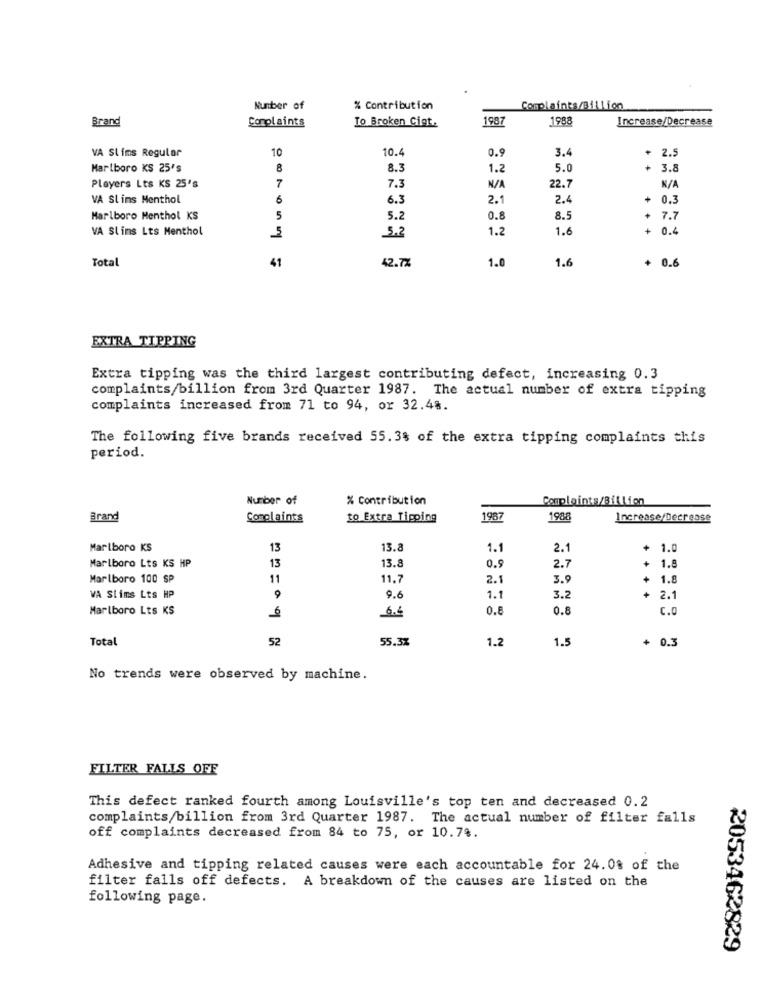
Number of
% Contribution
Complaints/Billion
Brand
Complaints
To Broken Gigt,
1987
1988
Increase/Decrease
VA Slims Regular
10
10.4
3.4
+
N
0.9
Marlboro KS 25's
8
8.3
1.2
5.0
+ 3.8
Players Lts KS 25's
7
7.3
22.7
VA Slims Menthol
6
6.3
2.1
2.4
0.3
Marlboro Menthol KS
5
5.2
0.8
8.5
+ 7.7
VA Slims Lts Menthol
5
5.2
1.2
1.6
+
0.4
Total
41
42.7%
1.0
1.6
EXTRA TIPPING
Extra tipping was the third largest contributing defect, increasing 0.3
complaints/billion from 3rd Quarter 1987. The actual number of extra tipping
complaints increased from 71 to 94, or 32.48.
The following five brands received 55.3% of the extra tipping complaints this
period.
Number of
% Contribution
Complaints/Billion
Brand
Complaints
to Extra Tigoing
1987
1988
Increase/Decrease
Marlboro KS
13
13.8
1.1
2.1
+ 1.0
Marlboro Lts KS HP
13.8
13
0.9
2.7
1.8
Marlboro 100 SP
11
11.7
2.1
3.9
1.8
VA Slims Lts HP
9
9.6
1.1
3.2
+ 2.1
Marlboro Lts KS
6.6
0.8
C.O
Total
52
55.3%
1.2
1.5
+ 0.3
No trends were observed by machine.
FILTER FALLS OFF
This defect ranked fourth among Louisville's top ten and decreased 0.2
complaints/billion from 3rd Quarter 1987. The actual number of filter falls
off complaints decreased from 84 to 75, or 10.79.
Adhesive and tipping related causes were each accountable for 24.0% of the
filter falls off defects. A breakdown of the causes are listed on the
following page.
2053462829